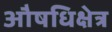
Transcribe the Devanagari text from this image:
औषधिक्षेत्र